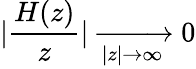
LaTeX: |\frac{H(z)}{z}|\xrightarrow[|z|\rightarrow\infty]{}0